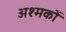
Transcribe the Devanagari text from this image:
अश्मकों